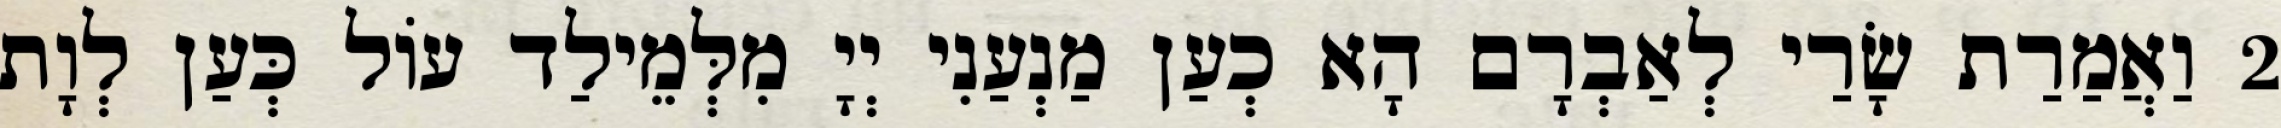
2 וַאֲמַרַת שָׂרַי לְאַבְרָם הָא כְעַן מַנְעַנִי יְיָ מִלְּמֵילַד עוֹל כְּעַן לְוָת